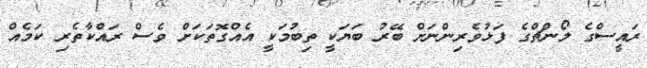
ރައީސްގެ ލޯންޗްގެ ފަޅުވެރިންނަށް ބޭރު ބަޔަކީ ތިބުމަކީ އެއްގޮތަކަށް ވެސް ރައްކާތެރި ކަމެއް